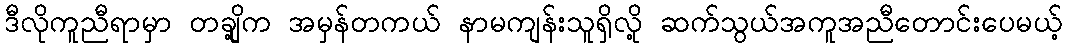
ဒီလိုကူညီရာမှာ တချို့က အမှန်တကယ် နာမကျန်းသူရှိလို့ ဆက်သွယ်အကူအညီတောင်းပေမယ့်